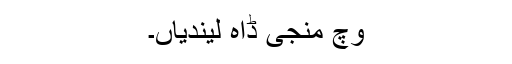
وچ منجی ڈاہ لیندیاں۔